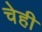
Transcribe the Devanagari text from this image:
चेही